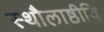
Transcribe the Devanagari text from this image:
स्थौलाष्ठीवि